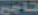
تاجي